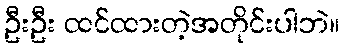
ဦးဦး ထင်ထားတဲ့အတိုင်းပါဘဲ။